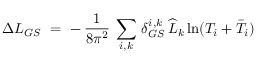
\Delta { \cal L } _ { G S } \ = \ - \, \frac { 1 } { 8 \pi ^ { 2 } } \: \sum _ { i , k } \, \delta _ { G S } ^ { i , k } \, \widehat L _ { k } \ln ( T _ { i } + \bar { T } _ { i } )